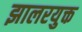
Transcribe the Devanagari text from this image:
झालरयुक्त